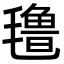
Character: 氇